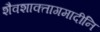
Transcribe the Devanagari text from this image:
शैवशाक्तागमादीनि